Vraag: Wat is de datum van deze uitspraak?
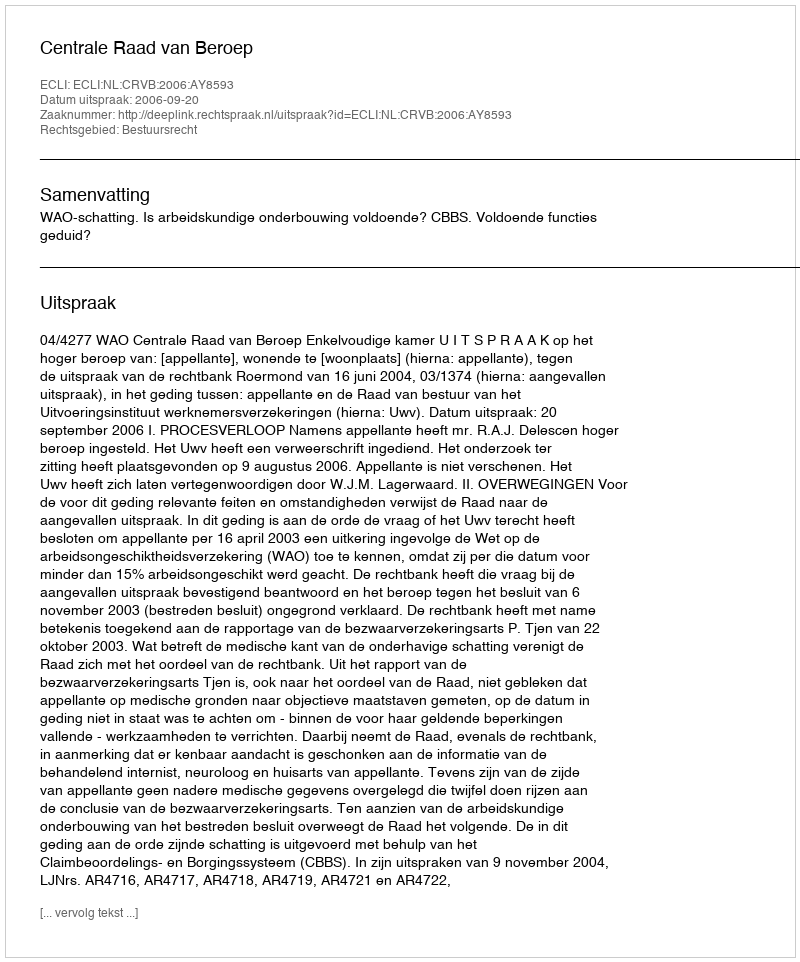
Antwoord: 2006-09-20